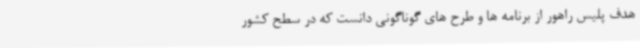
هدف پلیس راهور از برنامه ها و طرح های گوناگونی دانست که در سطح کشور